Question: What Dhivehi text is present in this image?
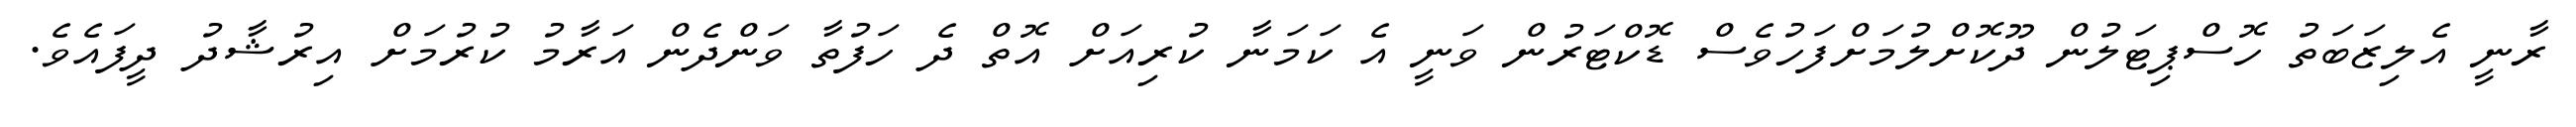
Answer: ރާނީ އެލިޒަބަތު ހޮސްޕިޓަލުން ދޫކޮށްލުމަށްފަހުވެސް ޑޮކްޓަރުން ވަނީ އެ ކަމަނާ ކުރިއަށް އޮތް ދެ ހަފުތާ ވަންދެން އަރާމު ކުރުމަށް އިރުޝާދު ދީފައެވެ.